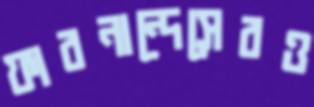
ফারনান্দেসেরও